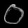
Digit: ၀